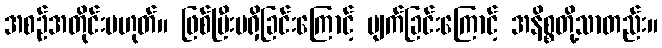
အစဉ်အတိုင်းမဟုတ်။ ဖြစ်ပြီးမရှိခြင်းကြောင့် ပျက်ခြင်းကြောင့် အနိစ္စတို့သာတည်း။